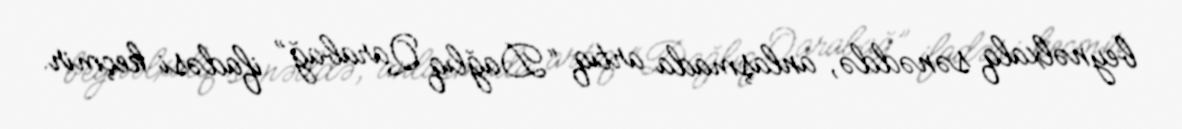
beynəlxalq sənəddə, anlaşmada artıq “Dağlıq Qarabağ” ifadəsi keçmir.